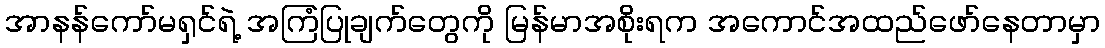
အာနန်ကော်မရှင်ရဲ့ အကြံပြုချက်တွေကို မြန်မာအစိုးရက အကောင်အထည်ဖော်နေတာမှာ